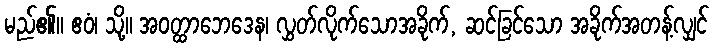
မည်၏။ ဧဝံ၊ သို့။ အဝတ္ထာဘေဒေန၊ လွှတ်လိုက်သောအခိုက်, ဆင်ခြင်သော အခိုက်အတန့်လျှင်